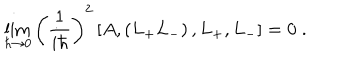
\lim _ { \hbar \rightarrow 0 } \left( \frac { 1 } { i \hbar } \right) ^ { 2 } \left[ A , \left( L _ { + } L _ { - } \right) , L _ { + } , L _ { - } \right] = 0 \; .